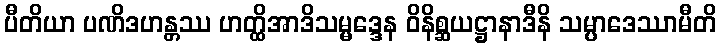
ပီတိယာ ပဏိဒဟန္တဿ ဟတ္ထိအာဒိသမ္မဒ္ဒေန ဝိနိစ္ဆယဋ္ဌာနာဒီနိ သမ္ပာဒေဿာမီတိ